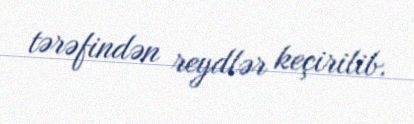
tərəfindən reydlər keçirilib.